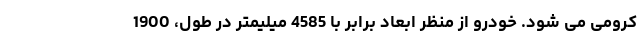
کرومی می شود. خودرو از منظر ابعاد برابر با 4585 میلیمتر در طول، 1900